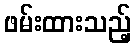
ဖမ်းထားသည့်